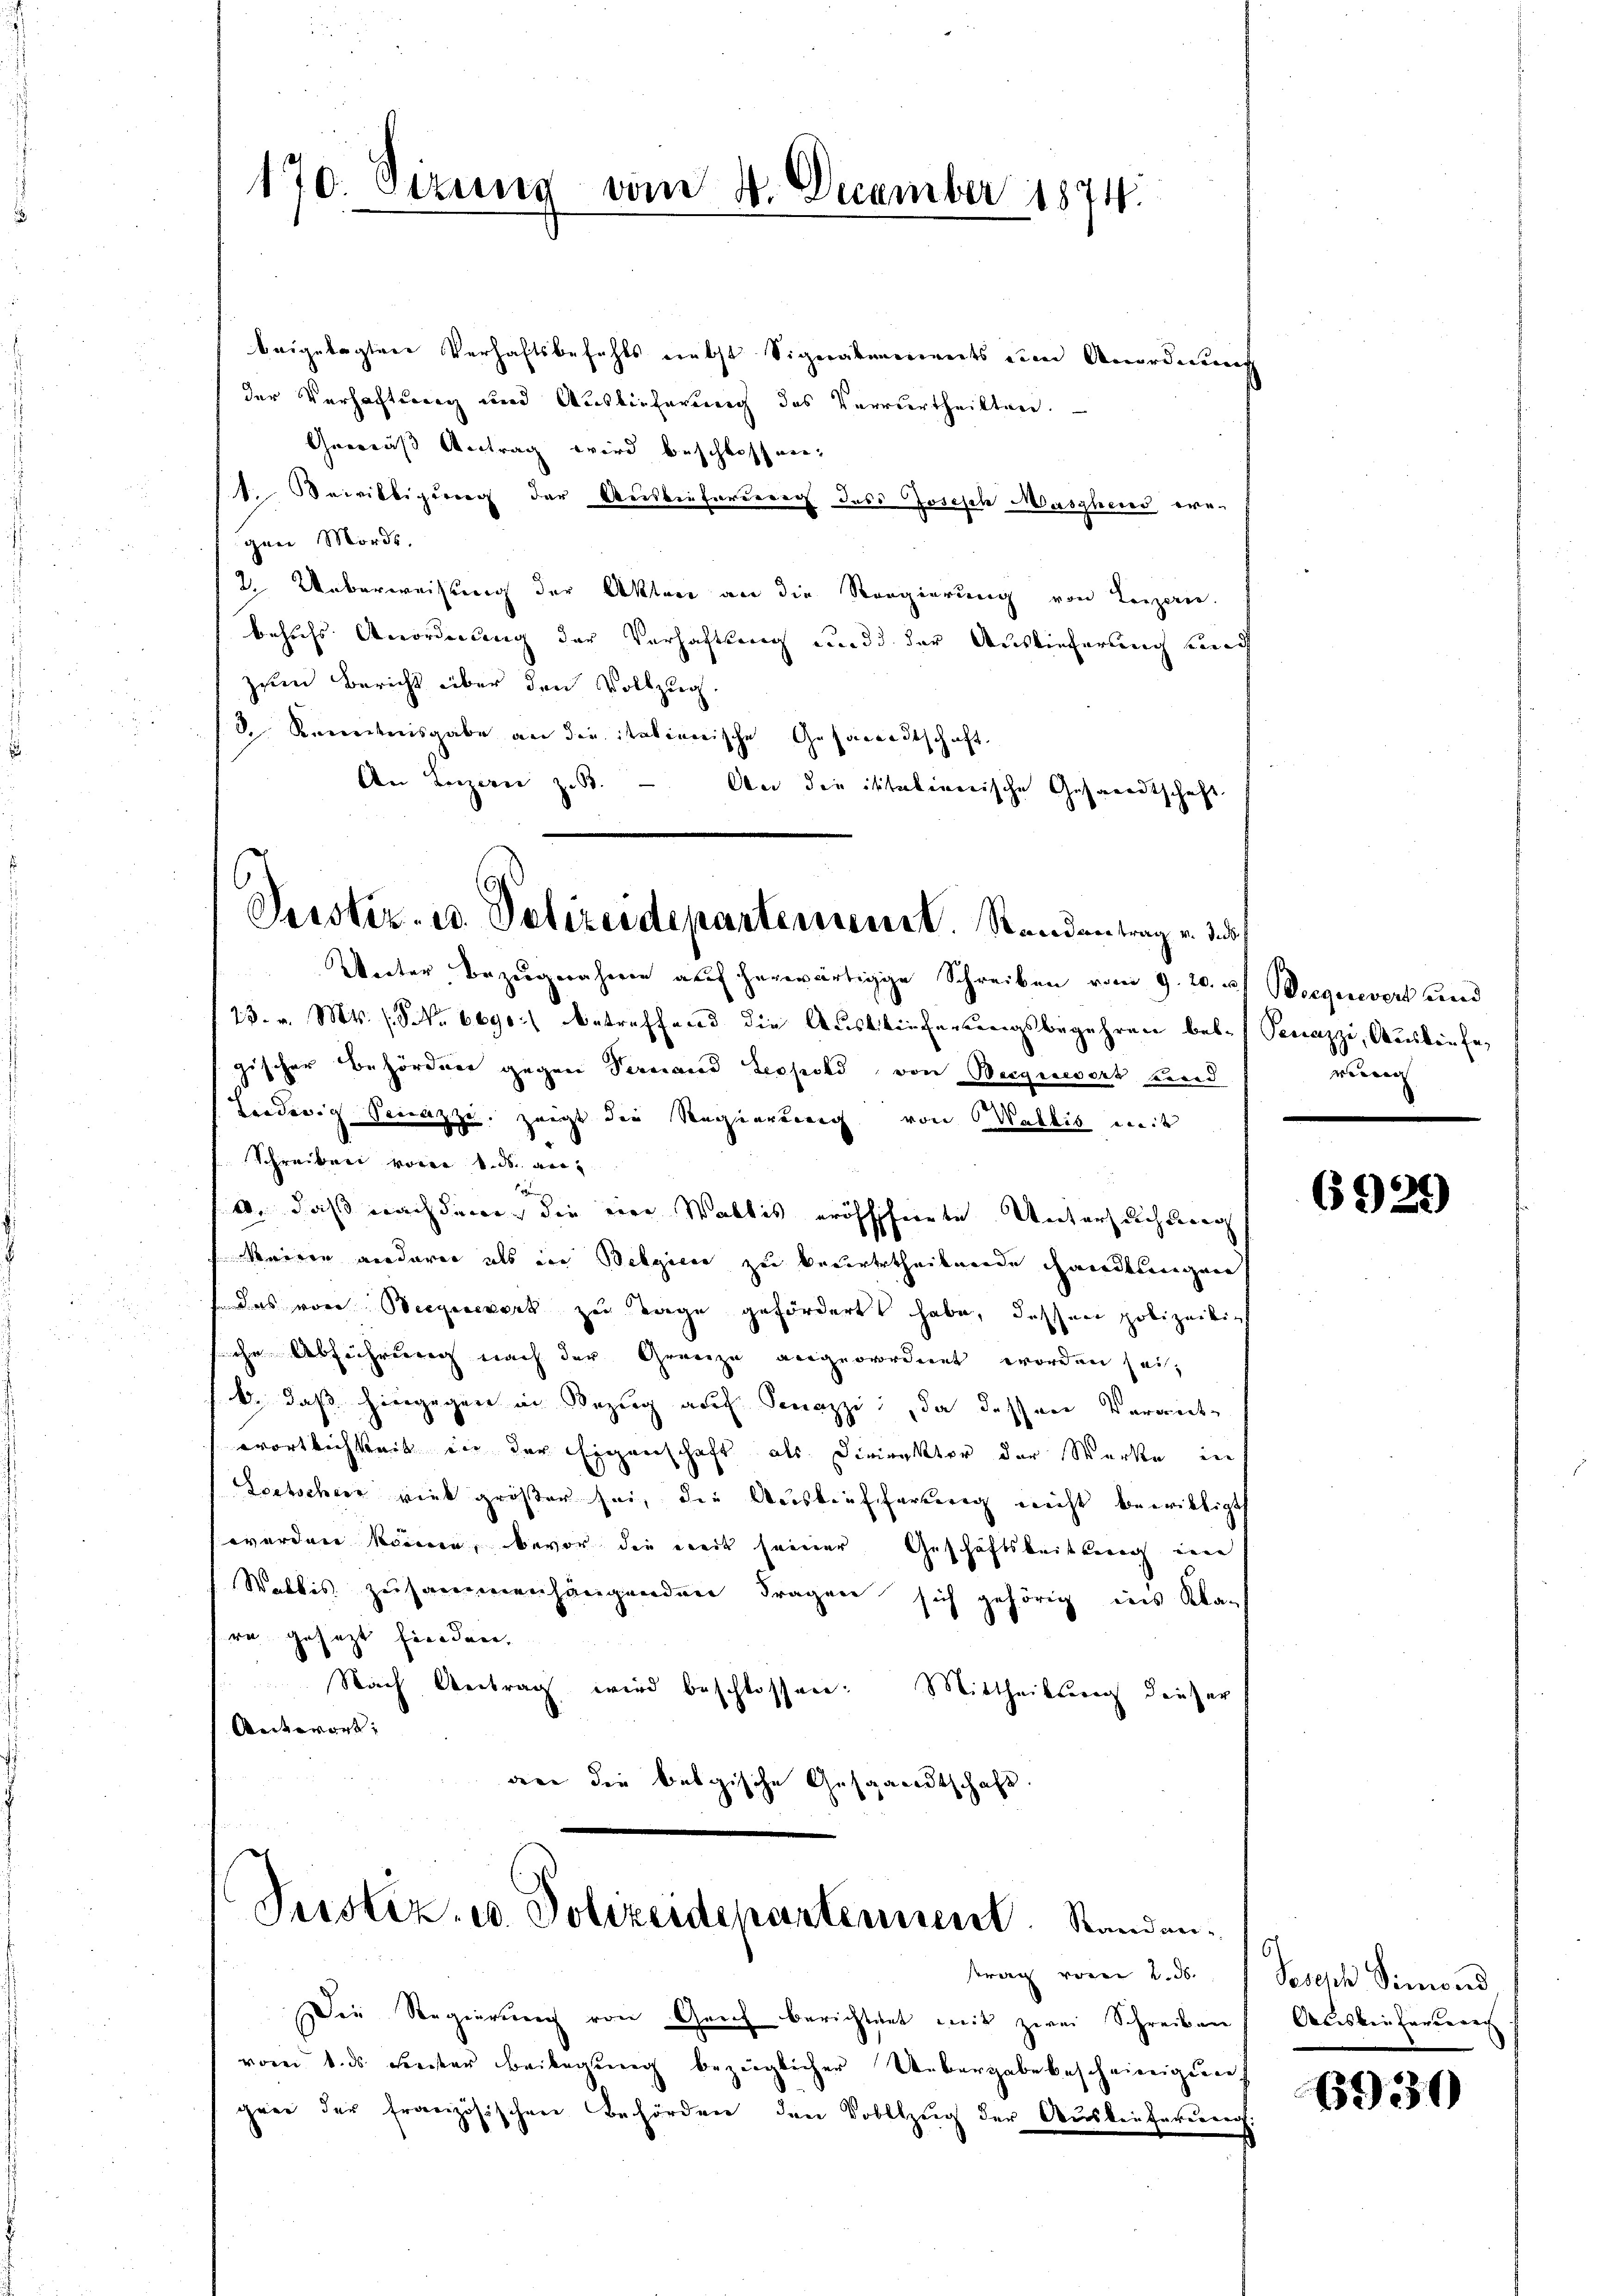
170. Sizung vom 4. December 1874.

beigelegten Verhaftsbefehls nebst Signalmenants zum Anordnung
der Verhaftung und Auslieferung des Verurtheilten.
Gemäß Antrag wird beschlossen,
t. Bewilligung der Ausbieforderen des Joseph Maschend eregen Mords,
2. Ueberweisung der Akten an die Regierung von Lenzen.
behufs Anordnung der Verhaftung und der Auslieferung sich
zum Bericht über den Vollzug.
d. Kenntnisgabe an die italienische Gesandtschaft
An Luzern z. B.
An die italienische Gesandtschaft
Unter Bezugnahme auf herwärtige Schreiben vom 9. 20. u Wiegerevert und
23. v. Mts. (§ No 6690 betreffend die Auslieferungsbegehren bes. (Venazzi, Ausbeu fegischer Behördner gegen Vernand Leopold von Berquesert und
Liederig Seiazze, zeigt die Regierung von Wallis weit
Schreiben voren 1. ds. an¬
. daß nachdene die eine Wallis eröfffierte Untersuchung
Veneren verdarer als in Belgiere zu beurtertheilnerde handlungene
das von Bergeevert zu Tage gefördert habe, dassen polizeiligt
 ihr Abführung nach der Grenze vergeordnet worden sei,
b. daß hiergegen in Bezug auf Sonazzi, da dessen Verant-
wortlichkeit in der Eigenschaft als Direktor der Werke in
Lortschen viel größer sei, die Auskaufferung nicht bewilligt
werden können, bevor die weit seiner Geschäftsbeitbereich eine
Walbis zusammenhängender Fragen sich gehörig ins Klag
re gesezt finden.
Nach Antrag wird beschlossen: Mittheilung dieser
Antwort:
an die belgische Gesandtschaft.

6.
Pesstiz- u. Polizeidepartement. Standentrag v. 3.

Die Regierung von Grich berichtent mit zwei Schreiben
vom 1. ds. Freister Beilegung bezüglicher Uebergabe bescheinigung.
gen der französischen Behörden den Vollzug der Auslieferung.

Justiz- u. Polizeidepartennent. Standen.
trag von d

reig

6929

Joseph Simond
Aciskentarieren |

6930